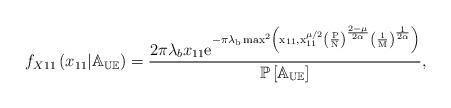
LaTeX: \begin{align*}f_{X11}\left(x_{11}|\mathbb{A_{UE}}\right)=\frac{2\pi\lambda_{b}x_{11}\mathrm{e^{-\pi\lambda_{b}\max^2\left(x_{11},x_{11}^{\mu/2}\left(\frac{P}{N}\right)^{\frac{2-\mu}{2\alpha}}\left(\frac{1}{M}\right)^{\frac{1}{2\alpha}}\right)}}}{\mathbb{P\left[A_{UE}\right]}},\end{align*}